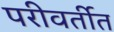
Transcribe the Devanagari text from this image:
परीवर्तीत